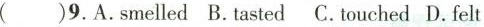
( )9.A.smelld B.tasted C.touched D.felt